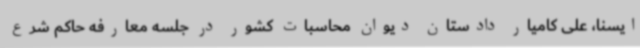
ایسنا، علی کامیار دادستان دیوان محاسبات کشور در جلسه معارفه حاکم شرع